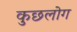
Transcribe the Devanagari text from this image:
कुछलोग